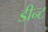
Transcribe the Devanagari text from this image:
डीन्ट